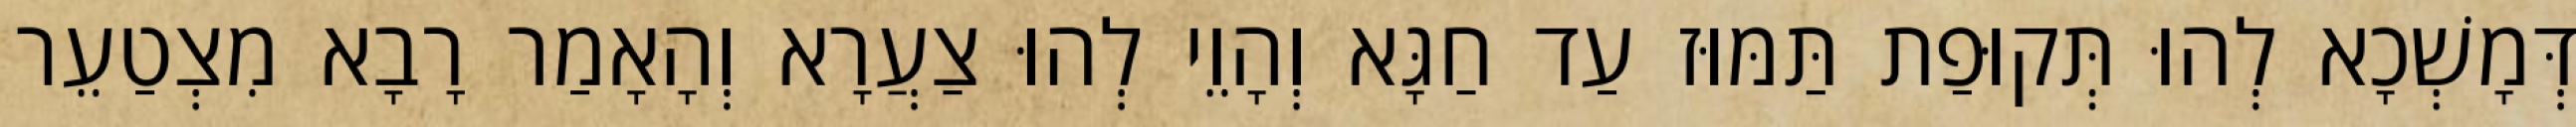
דְּמָשְׁכָא לְהוּ תְּקוּפַת תַּמּוּז עַד חַגָּא וְהָוֵי לְהוּ צַעֲרָא וְהָאָמַר רָבָא מִצְטַעֵר